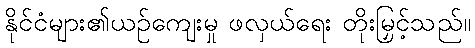
နိုင်ငံများ၏ယဉ်ကျေးမှု ဖလှယ်ရေး တိုးမြှင့်သည်။